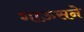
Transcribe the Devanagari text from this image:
गाऊसने